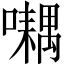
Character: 𡂮